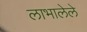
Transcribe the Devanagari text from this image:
लाभालेले